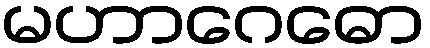
မဟာဂေဓော